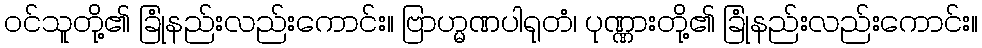
ဝင်သူတို့၏ ခြုံနည်းလည်းကောင်း။ ဗြာဟ္မဏပါရုတံ၊ ပုဏ္ဏားတို့၏ ခြုံနည်းလည်းကောင်း။